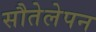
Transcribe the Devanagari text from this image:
सौतेलेपन